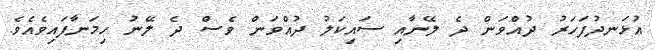
އުޅަނދުފަހަރު ދުއްވަން ދެ ލޭނާއި ސައިކަލު ދުއްވަން ވެސް ދެ ލޭނު ހިމަނާފައިވެއެވެ.